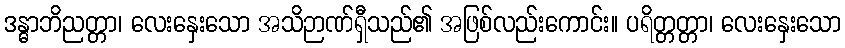
ဒန္ဓာဘိညတ္တာ၊ လေးနှေးသော အသိဉာဏ်ရှီသည်၏ အဖြစ်လည်းကောင်း။ ပရိတ္တတ္တာ၊ လေးနှေးသော